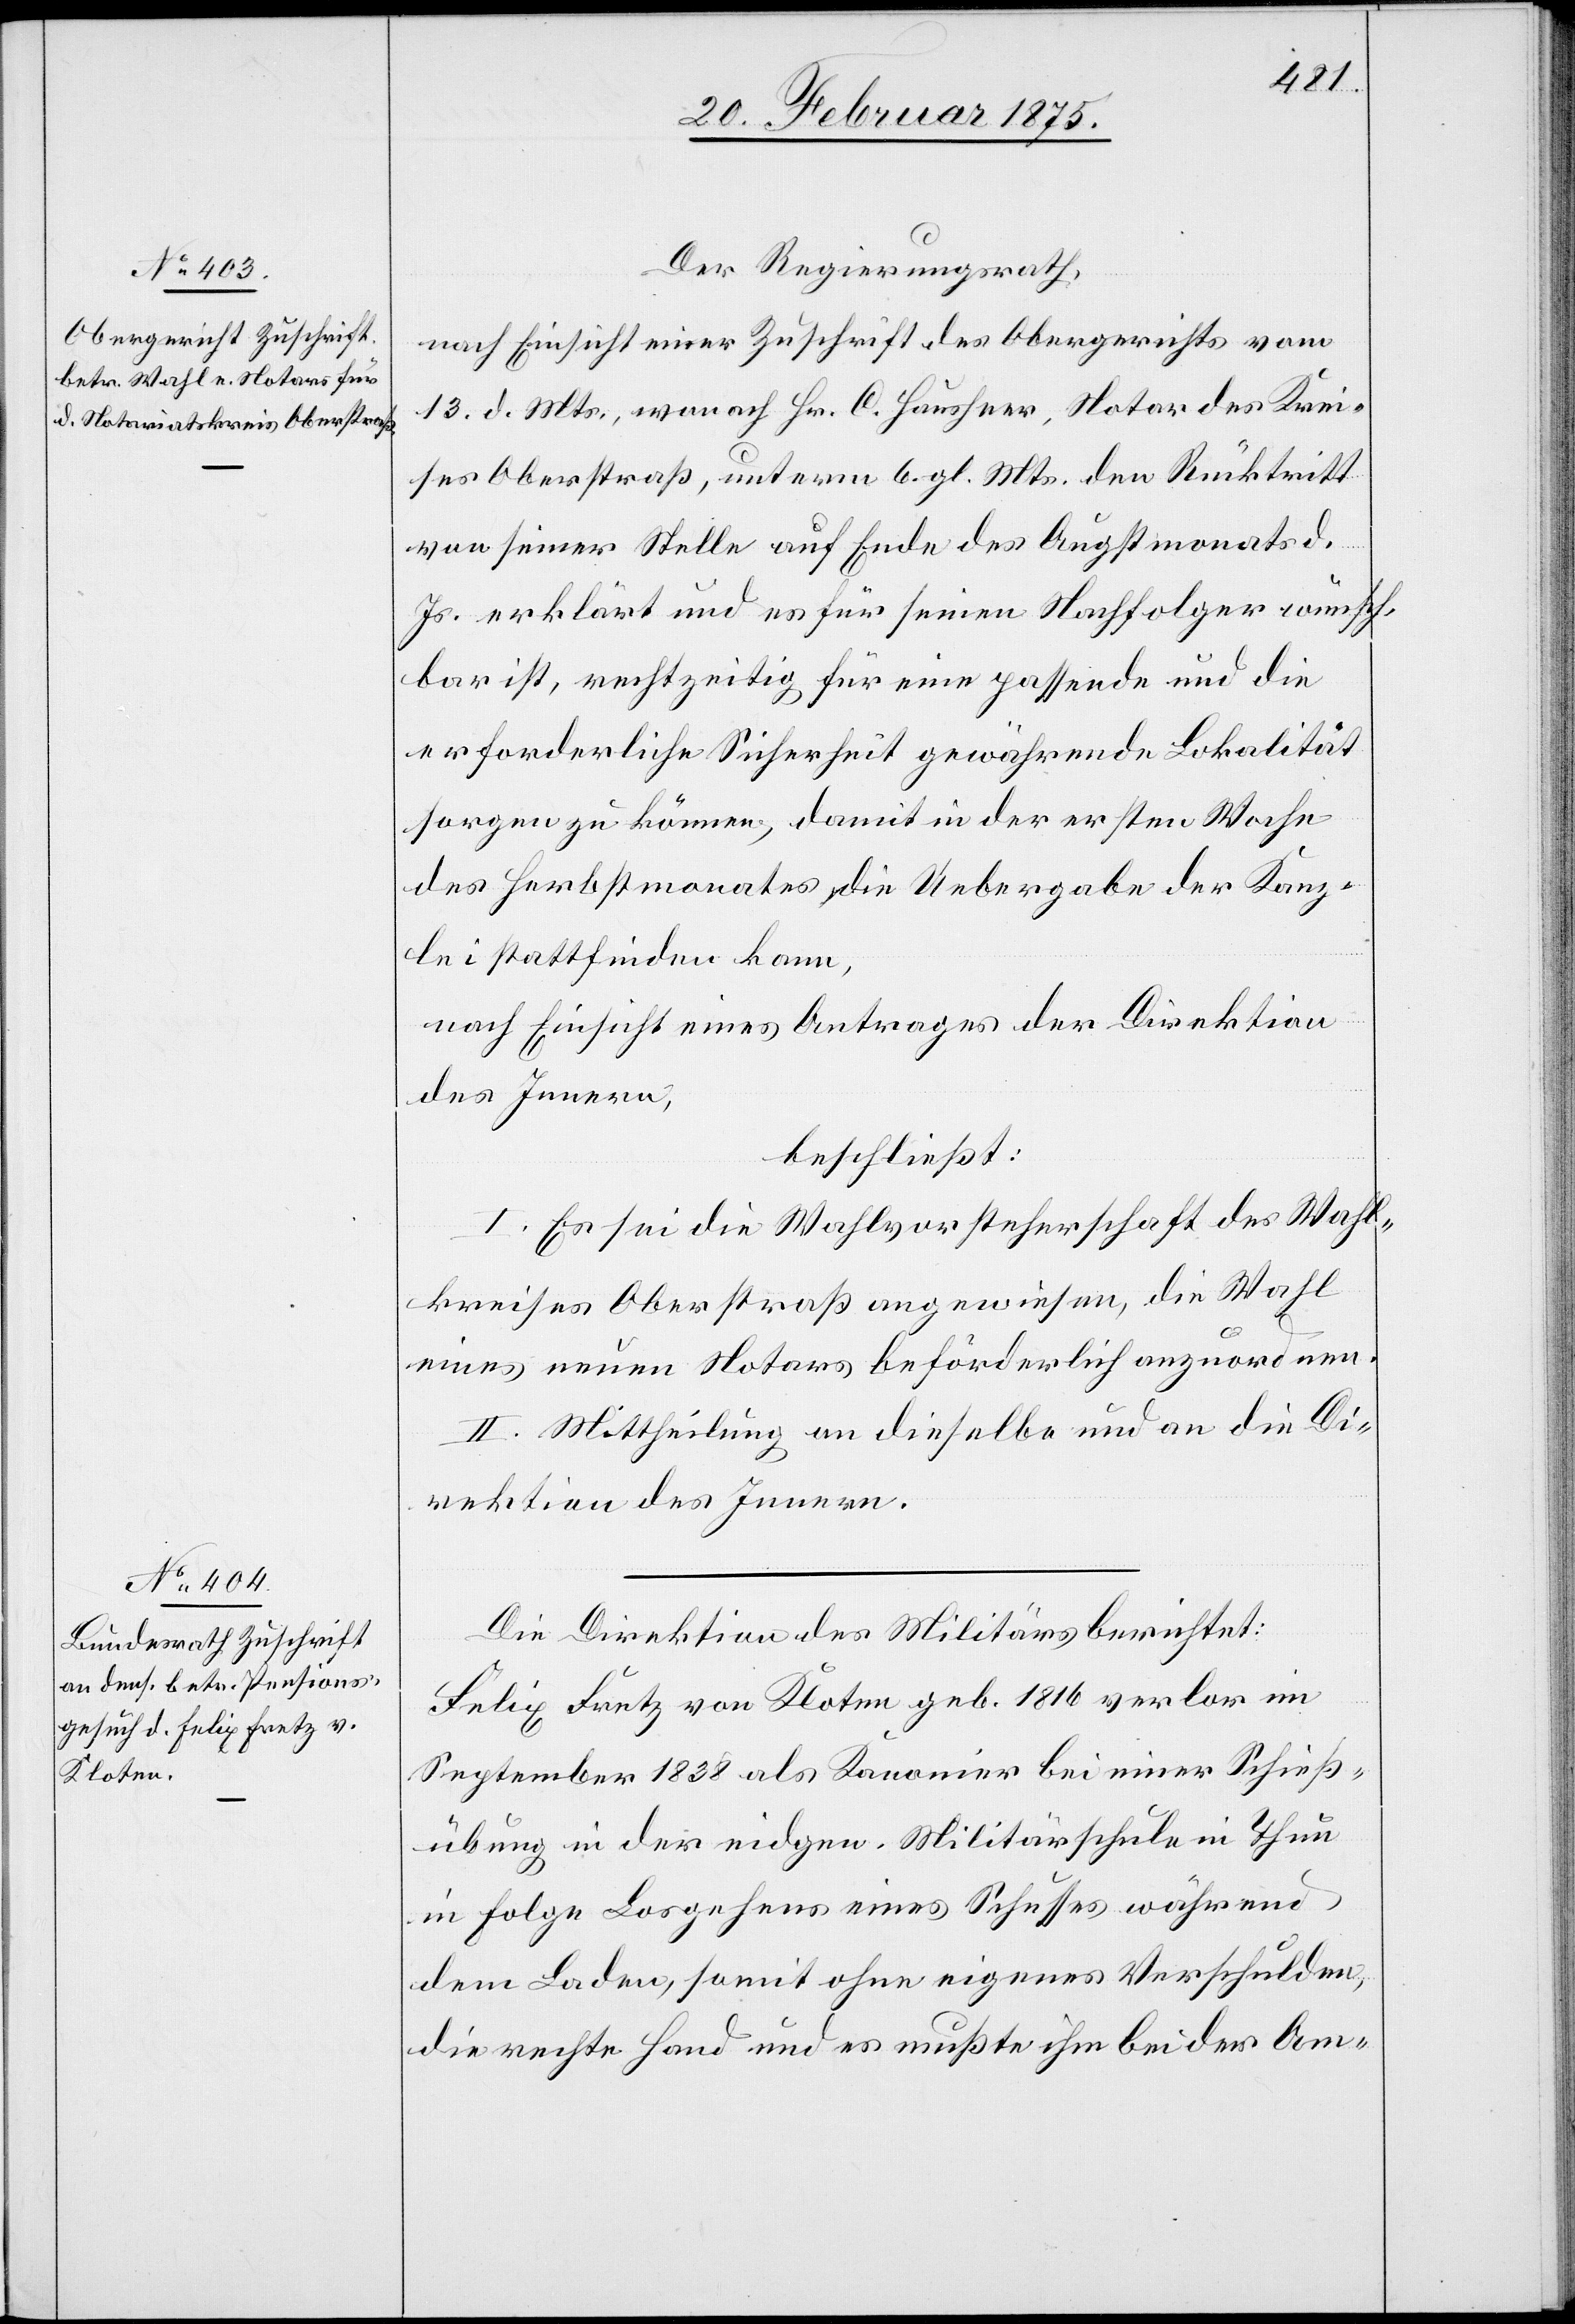
Der Regierungsrath,
nach Einsicht einer Zuschrift des Obergerichts vom
13. d. Mts., wonach Hr. C. Hausheer, Notar des Krei¬
ses Oberstraß, unterm 6. gl. Mts. den Rücktritt
von seiner Stelle auf Ende des Augstmonats d.
Js. erklärt und es für seinen Nachfolger wünsch¬
bar ist, rechtzeitig für eine passende und die
erforderliche Sicherheit gewährende Lokalität
sorgen zu können, damit in der ersten Woche
des Herbstmonates die Uebergabe der Kanz¬
lei stattfinden kann,
nach Einsicht eines Antrages der Direktion
des Innnern,
beschließt:
I. Es sei die Wahlvorsteherschaft des Wahl¬
kreises Oberstraß angewiesen, die Wahl
eines neuen Notars beförderlich anzuordnen.
II. Mittheilung an dieselbe und an die Di¬
rektion des Innern.
Die Direktion des Militärs berichtet:
Felix Fretz von Kloten geb. 1816 verlor im
September 1838 als Kanonier bei einer Schieß¬
übung in der eidgen. Militärschule in Thun
in Folge Losgehens eines Schusses während
dem Laden, somit ohne eigenes Verschulden,
die rechte Hand und es mußte ihm bei der Am-